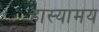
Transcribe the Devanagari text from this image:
हास्यामय